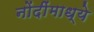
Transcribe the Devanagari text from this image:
नोंदींमाध्ये